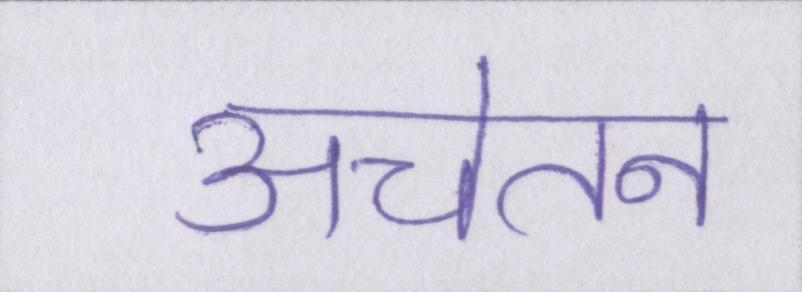
अचेतन